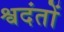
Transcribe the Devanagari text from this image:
श्वदंतों